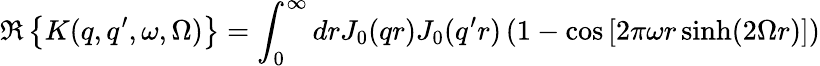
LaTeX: \Re\left\{ K(q,q^{\prime},\omega,\Omega)\right\} =\int_{0}^{\infty}drJ_{0}(qr)J_{0}(q^{\prime}r)\left(1-\cos\left[2\pi\omega r\sinh(2\Omega r)\right]\right)